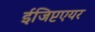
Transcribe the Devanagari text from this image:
ईजिप्टएयर